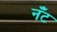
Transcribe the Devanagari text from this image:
नँँट